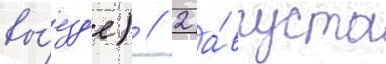
вы́езд'е) // 2 а́вгуста